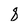
Character: 8